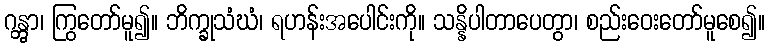
ဂန္တွာ၊ ကြွတော်မူ၍။ ဘိက္ခုသံဃံ၊ ရဟန်းအပေါင်းကို။ သန္နိပါတာပေတွာ၊ စည်းဝေးတော်မူစေ၍။